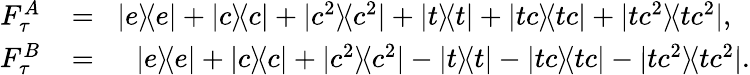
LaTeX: \begin{array}{rlr}{F_{\tau}^{A}\! }&{{}=}&{\! |e\rangle\! \langle e|+|c\rangle\! \langle c|+|c^{2}\rangle\! \langle c^{2}|+|t\rangle\! \langle t|+|tc\rangle\! \langle tc|+|tc^{2}\rangle\! \langle tc^{2}|,\, \, \, \, }\\ {F_{\tau}^{B}\! }&{{}=}&{\! |e\rangle\! \langle e|+|c\rangle\! \langle c|+|c^{2}\rangle\! \langle c^{2}|-|t\rangle\! \langle t|-|tc\rangle\! \langle tc|-|tc^{2}\rangle\! \langle tc^{2}|.}\end{array}